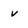
Character: v